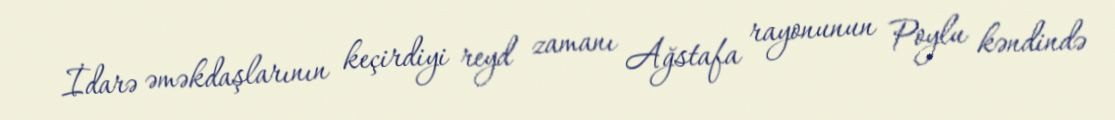
İdarə əməkdaşlarının keçirdiyi reyd zamanı Ağstafa rayonunun Poylu kəndində